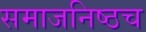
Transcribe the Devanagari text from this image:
समाजनिष्ठच